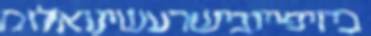
ביזיפייובישרעשינואלומ